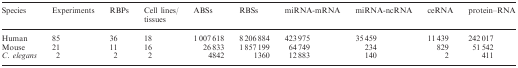
<table><thead><tr><td><b>Species</b></td><td><b>Experiments</b></td><td><b>RBPs</b></td><td><b>Cell lines/ tissues</b></td><td><b>ABSs</b></td><td><b>RBSs</b></td><td><b>miRNA-mRNA</b></td><td><b>miRNA-ncRNA</b></td><td><b>ceRNA</b></td><td><b>protein–RNA</b></td></tr></thead><tbody><tr><td>Human</td><td>85</td><td>36</td><td>18</td><td>1 007 618</td><td>8 206 884</td><td>423 975</td><td>35 459</td><td>11 439</td><td>242 017</td></tr><tr><td>Mouse</td><td>21</td><td>11</td><td>16</td><td>26 833</td><td>1 857 199</td><td>64 749</td><td>234</td><td>829</td><td>51 542</td></tr><tr><td><i>C. elegans</i></td><td>2</td><td>2</td><td>2</td><td>4842</td><td>1360</td><td>12 883</td><td>140</td><td>2</td><td>411</td></tr></tbody></table>